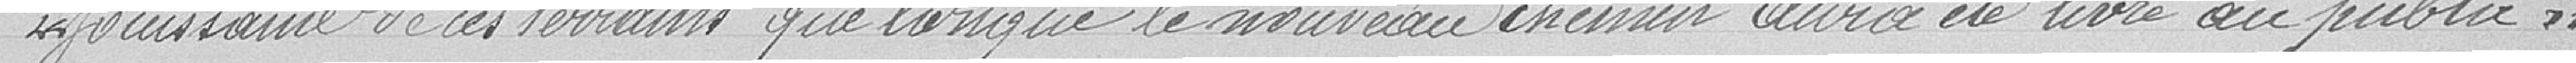
jouissance de ces terrains que lorsque le nouveau chemin aura été livré au public."